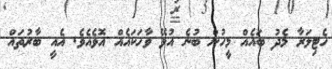
ހެޓިލަރާ މެދު ބައެއް މީހުން ބުނެ އުޅޭ ވާހަކައެއް އޮވެއެވެ. އެއީ ބާރުތައް